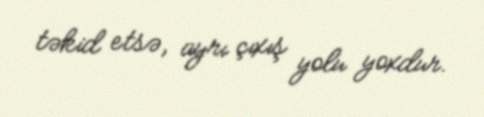
təkid etsə, ayrı çıxış yolu yoxdur.